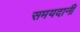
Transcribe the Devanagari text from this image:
समयदानी